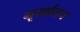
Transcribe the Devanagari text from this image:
मूर्खातच